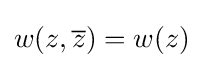
w(z,{\overline {z}})=w(z)